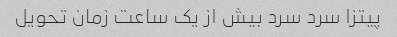
پیتزا سرد سرد بیش از یک ساعت زمان تحویل